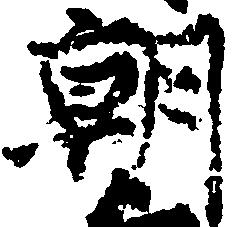
朝